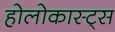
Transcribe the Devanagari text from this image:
होलोकास्ट्स